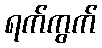
ရက်ကွက်